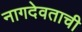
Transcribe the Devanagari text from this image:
नागदेवताची